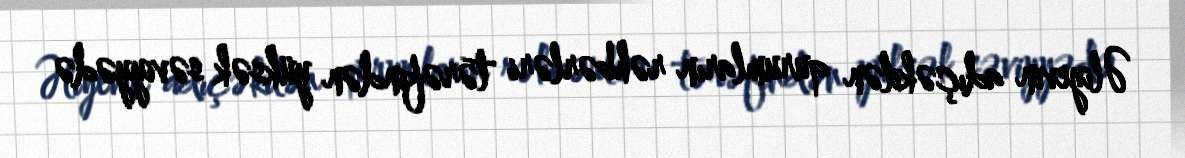
Əliyevin adıçəkilən qurumların rəhbərləri tərəfindən yüksək səviyyədə